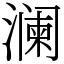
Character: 澜